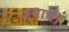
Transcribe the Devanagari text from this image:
ज्याचें।